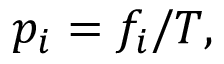
p _ { i } = f _ { i } / T ,